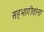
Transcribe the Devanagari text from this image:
सहभागीतांना